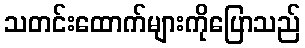
သတင်းထောက်များကိုပြောသည်